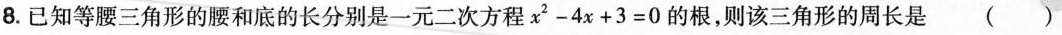
8.已知等腰三角形的腰和底的长分别是一元二次方程$$x2-4x+3 = 0$$的根，则该三角形的周长是()